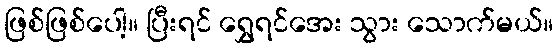
ဖြစ်ဖြစ်ပေါ့။ ပြီးရင် ရွှေရင်အေး သွား သောက်မယ်။